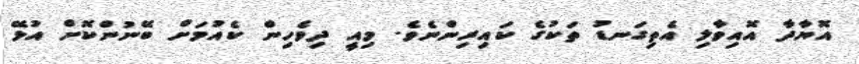
އޮޔާދާ އޮއިވާލި އެތިގަނޑު ތަކުގެ ކައިރިންނެވެ. މިއީ ދިވެހިން ކެއުމަށް ބޭނުންކޮށް އުޅޭ